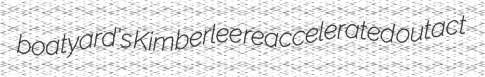
boatyard's Kimberlee reaccelerated outact